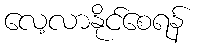
လေ့လာနိုင်စေရန်